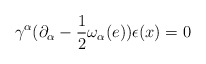
\begin{align*}\gamma^\alpha(\partial_\alpha-\frac{1}{2}\omega_\alpha(e))\epsilon(x)=0\end{align*}